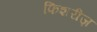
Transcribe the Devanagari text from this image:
फिशरीज़